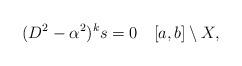
LaTeX: \begin{align*}(D^2-\alpha^2)^k s =0\quad [a,b]\setminus X,\end{align*}